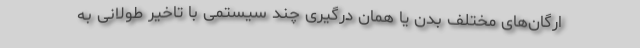
ارگان‌های مختلف بدن یا همان درگیری چند سیستمی با تاخیر طولانی به